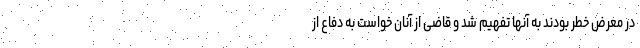
در معرض خطر بودند به آنها تفهیم شد و قاضی از آنان خواست به دفاع از